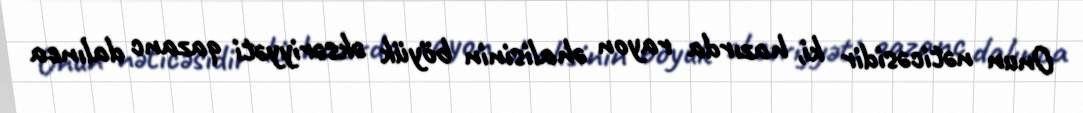
Onun nəticəsidir ki, hazırda rayon əhalisinin böyük əksəriyyəti qazanc dalınca